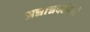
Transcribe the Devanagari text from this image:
अन्नान्नदशेमुळे